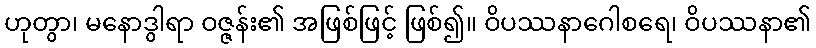
ဟုတွာ၊ မနောဒွါရာ ဝဇ္ဇန်း၏ အဖြစ်ဖြင့် ဖြစ်၍။ ဝိပဿနာဂေါစရေ၊ ဝိပဿနာ၏